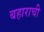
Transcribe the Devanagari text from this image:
बहाराची